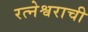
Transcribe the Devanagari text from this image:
रत्नेश्वराची